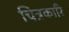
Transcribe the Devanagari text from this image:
चित्रकारि